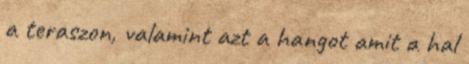
a teraszon, valamint azt a hangot amit a hal